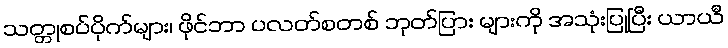
သတ္တုစပ်ပိုက်များ၊ ဖိုင်ဘာ ပလတ်စတစ် ဘုတ်ပြား များကို အသုံးပြုပြီး ယာယီ